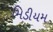
મિડીયમ